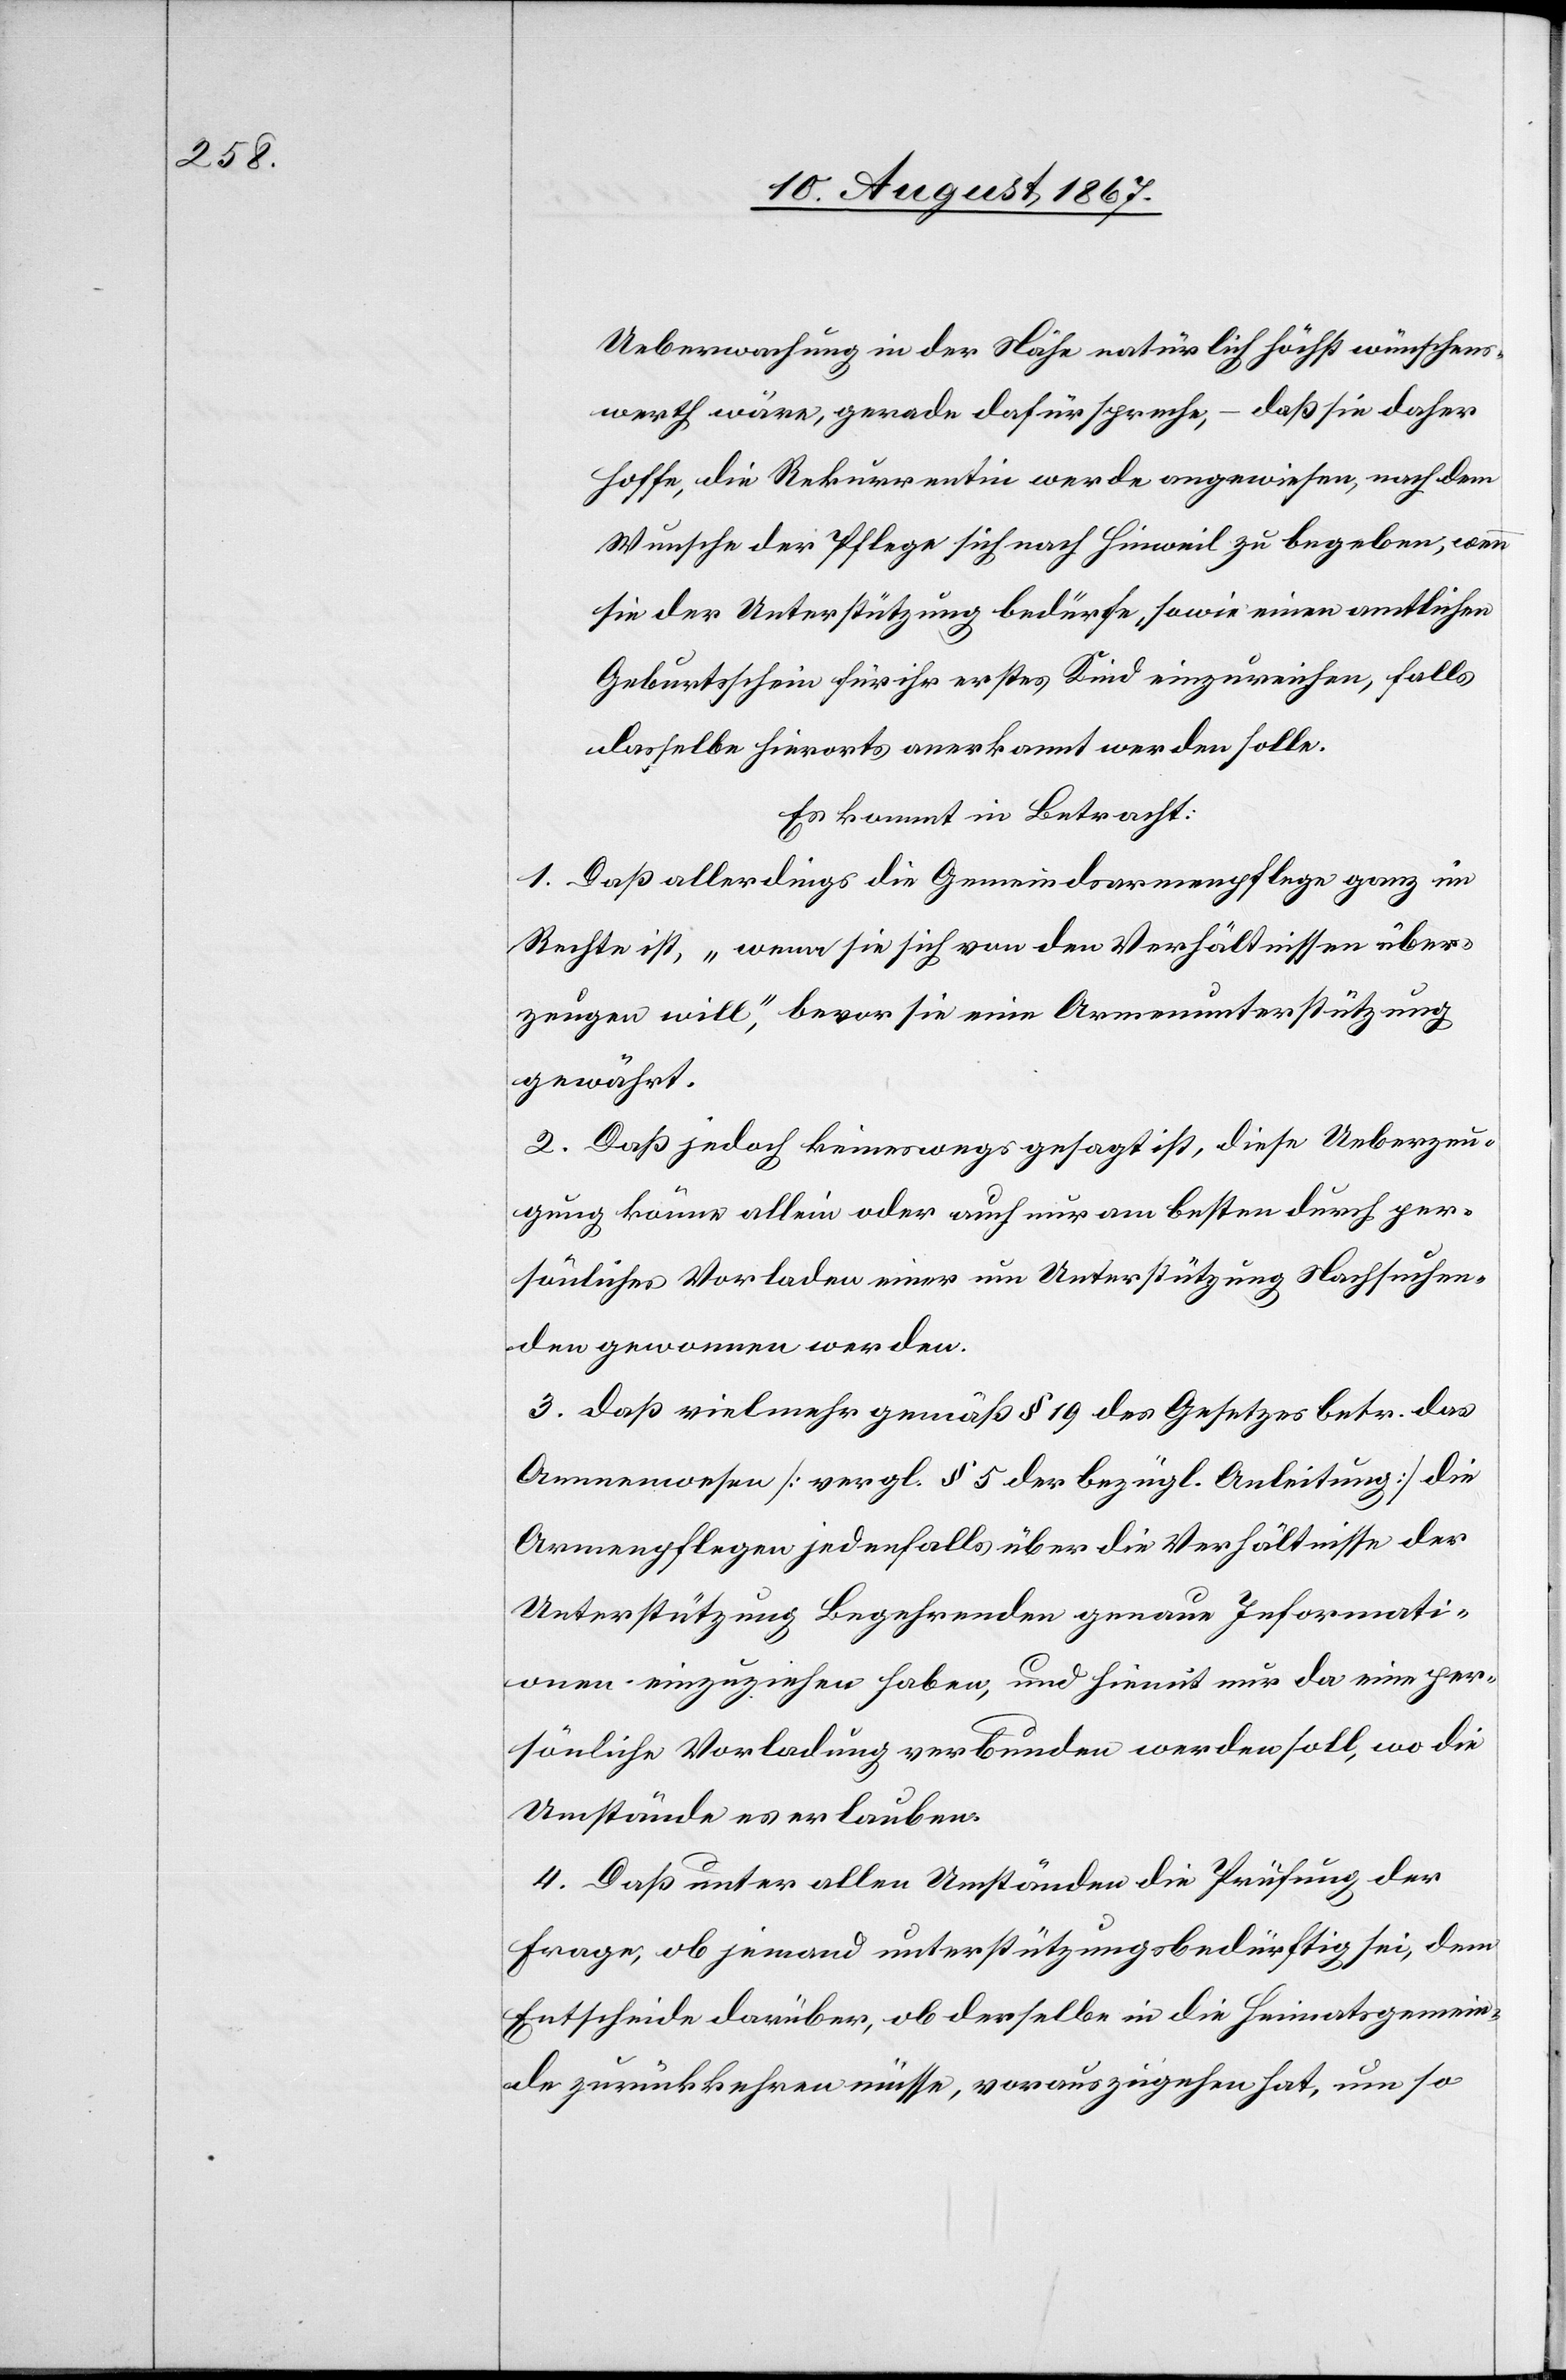
Ueberwachung in der Nähe natürlich höchst wünschens¬
werth wäre, gerade dafür spreche, – daß sie daher
hoffe, die Rekurrentin werde angewiesen, nach dem
Wunsche der Pflege sich nach Hinweil zu begeben, wenn
sie der Unterstützung bedürfe, sowie einen amtlichen
Geburtsschein für ihr erstes Kind einzureichen, falls
dasselbe hierorts anerkannt werden solle.
Es kommt in Betracht:
1. Daß allerdings die Gemeindsarmenpflege ganz im
Rechte ist, „wenn sie sich von den Verhältnissen über¬
zeugen will,“ bevor sie eine Armenunterstützung
gewährt.
2. Daß jedoch keineswegs gesagt ist, diese Ueberzeu¬
gung könne allein oder auch nur am besten durch per¬
sönliches Vorladen einer um Unterstützung Nachsuchen¬
den gewonnen werden.
3. daß vielmehr gemäß § 19 des Gesetzes betr. das
Armenwesen [vergl. § 5 der bezügl. Anleitung] die
Armenpflegen jedenfalls über die Verhältnisse der
Unterstützung Begehrenden genaue Informati¬
onen einzuziehen haben, und hiemit nur da eine per¬
sönliche Vorladung verbunden werden soll, wo die
Umstände es erlauben.
4. Daß unter allen Umständen die Prüfung der
Frage, ob jemand unterstützungsbedürftig sei, dem
Entscheide darüber, ob derselbe in die Heimatsgemein¬
de zurückkehren müsse, vorauszugehen hat, um so